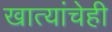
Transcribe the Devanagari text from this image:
खात्यांचेही